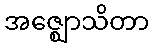
အဇ္ဈောသိတာ